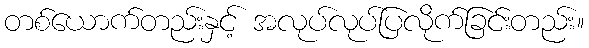
တစ်ယောက်တည်းနှင့် အလုပ်လုပ်ပြလိုက်ခြင်းတည်း။